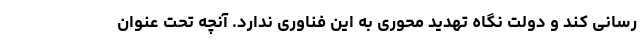
رسانی کند و دولت نگاه تهدید محوری به این فناوری ندارد. آنچه تحت عنوان